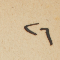
٢٦